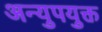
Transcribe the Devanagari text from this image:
अन्युपयुक्त